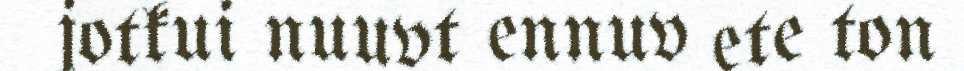
jotkui nuuvt ennuv ete ton